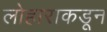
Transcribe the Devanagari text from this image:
लोहाराकडून